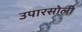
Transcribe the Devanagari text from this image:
उपारसोली